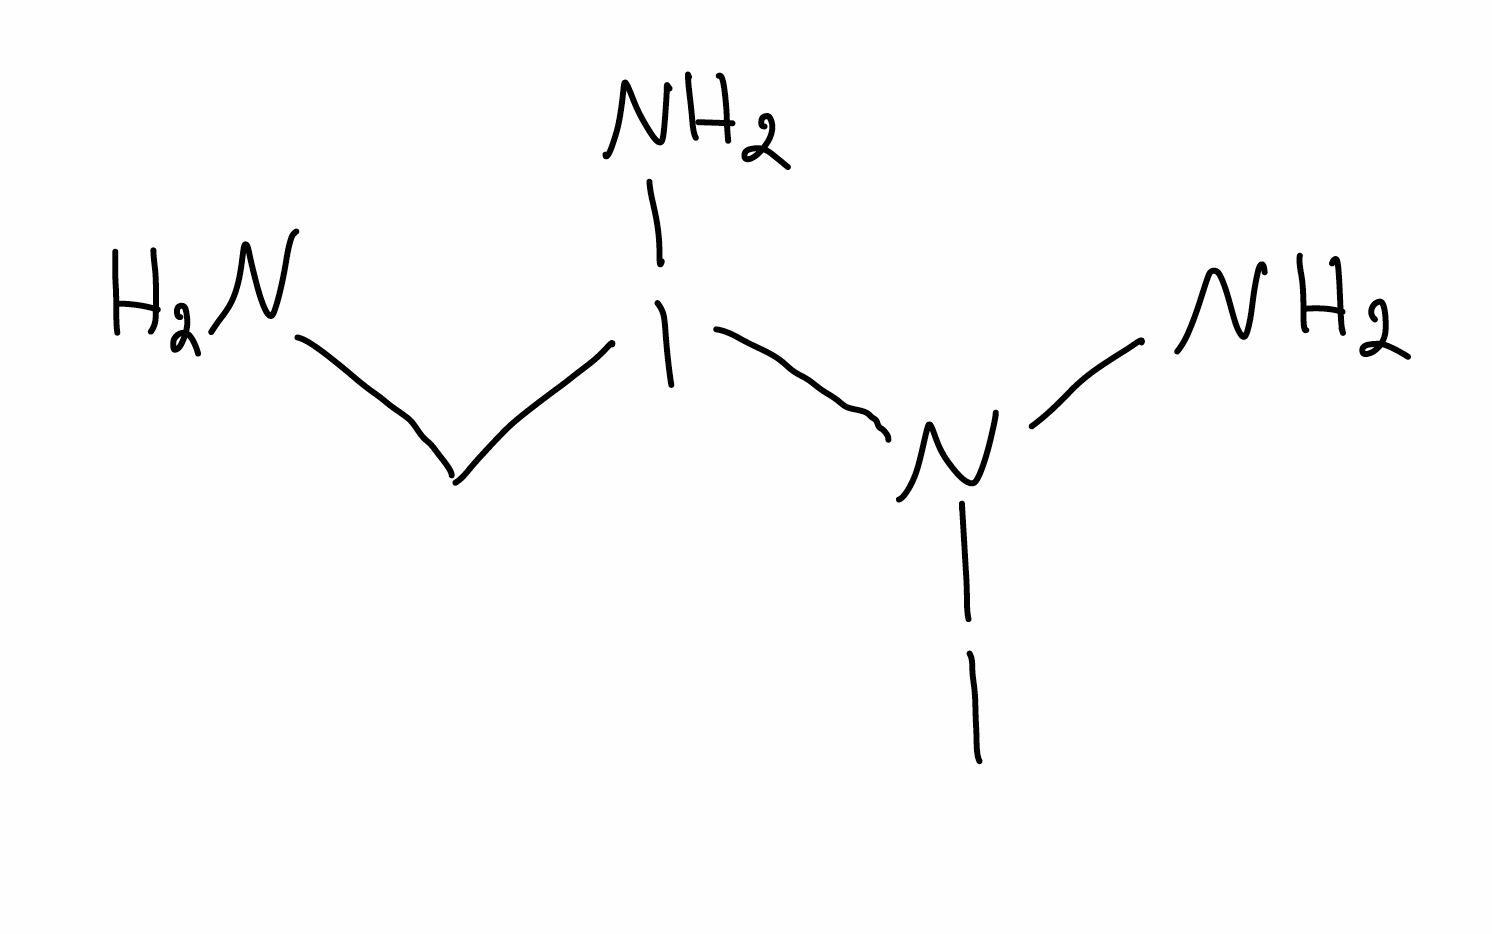
Simplified molecular-input line-entry system (SMILES) notation of the given molecule:
C(N)I(N)N(N)I